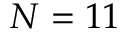
N = 1 1